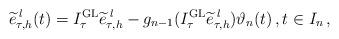
LaTeX: \begin{align*} \widetilde e_{\tau,h}^{\;l}(t) = I_\tau^{\operatorname{GL}} \widetilde e_{\tau,h}^{\;l} - g_{n-1}(I_\tau^{\operatorname{GL}}\widetilde e_{\tau,h}^{\;l}) \vartheta_n(t)\,, t\in I_n\,,\end{align*}